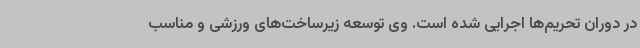
در دوران تحریم‌ها اجرایی شده است. وی توسعه زیرساخت‌های ورزشی و مناسب